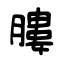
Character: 膢